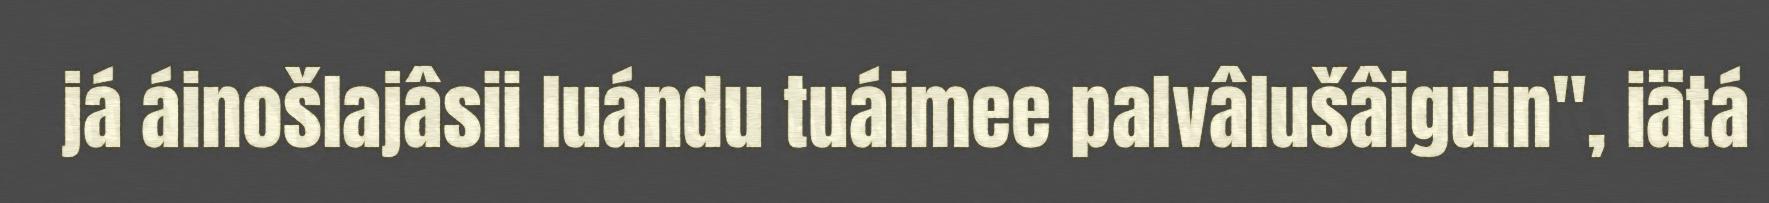
já áinošlajâsii luándu tuáimee palvâlušâiguin", iätá